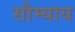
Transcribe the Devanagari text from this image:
सौम्याय